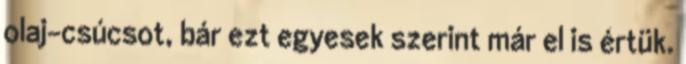
olaj-csúcsot, bár ezt egyesek szerint már el is értük.